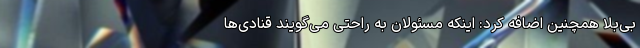
بی‌بلا همچنین اضافه کرد: اینکه مسئولان به راحتی می‌گویند قنادی‌ها